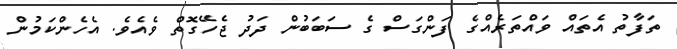
ތަފާތު އެތައް ވައްތަރެއްގެ ފަންގަސް ގެ ސަބަބުން ދަދު ޖެހޭގޮތް ވެއެވެ. އެހެންކަމުން